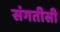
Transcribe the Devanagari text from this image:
संगतीसी